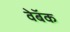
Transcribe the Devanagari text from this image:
वेबॅक